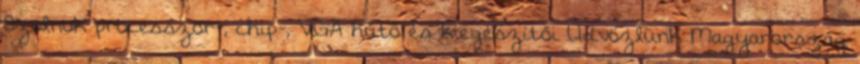
Szolnok processzor-, chip-, VGA hűtő és kiegészítői Üdvözlünk Magyarország